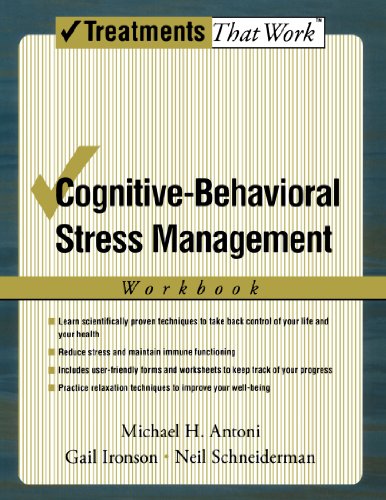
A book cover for Cognitive-Behavioral Stress Management (Treatments That Work); Michael H. Antoni; Health, Fitness & Dieting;